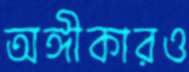
অঙ্গীকারও